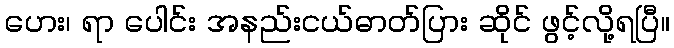
ဟေး၊ ရာ ပေါင်း အနည်းငယ်ဓာတ်ပြား ဆိုင် ဖွင့်လို့ရပြီ။